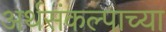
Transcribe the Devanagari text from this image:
अर्थसंकल्पाच्या